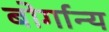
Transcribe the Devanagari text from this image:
बोर्गान्य